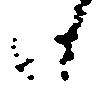
日